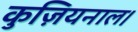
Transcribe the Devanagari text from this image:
कुज़ियनाल।